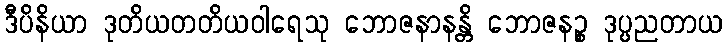
ဒီပိနိယာ ဒုတိယတတိယဝါရေသု ဘောဇနာနန္တိ ဘောဇနဉ္စ ဒုပ္ပညတာယ